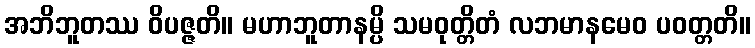
အဘိဘူတဿ ဝိပဇ္ဇတိ။ မဟာဘူတာနမ္ပိ သမဝုတ္တိတံ လဘမာနမေဝ ပဝတ္တတိ။